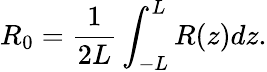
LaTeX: R_{0}=\frac{1}{2L}\int_{-L}^{L}R(z)dz.